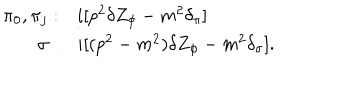
\begin{array} { r l } { { \pi _ { 0 } , \pi _ { j } : } } & { { i [ p ^ { 2 } \delta Z _ { \phi } - m ^ { 2 } \delta _ { \pi } ] } } \\ { { \sigma : } } & { { i [ ( p ^ { 2 } - m ^ { 2 } ) \delta Z _ { \phi } - m ^ { 2 } \delta _ { \sigma } ] . } } \\ \end{array}